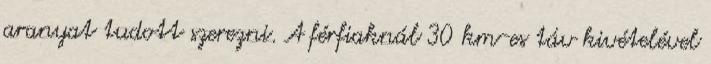
aranyat tudott szerezni. A férfiaknál 30 km-es táv kivételével